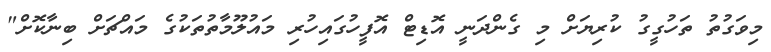
މިވަގުތު ތަހުގީގު ކުރިޔަށް މި ގެންދަނީ އޮޑިޓް އޮފީހުގައިހުރި މައުލޫމާތުތަކުގެ މައްޗަށް ބިނާކޮށް"